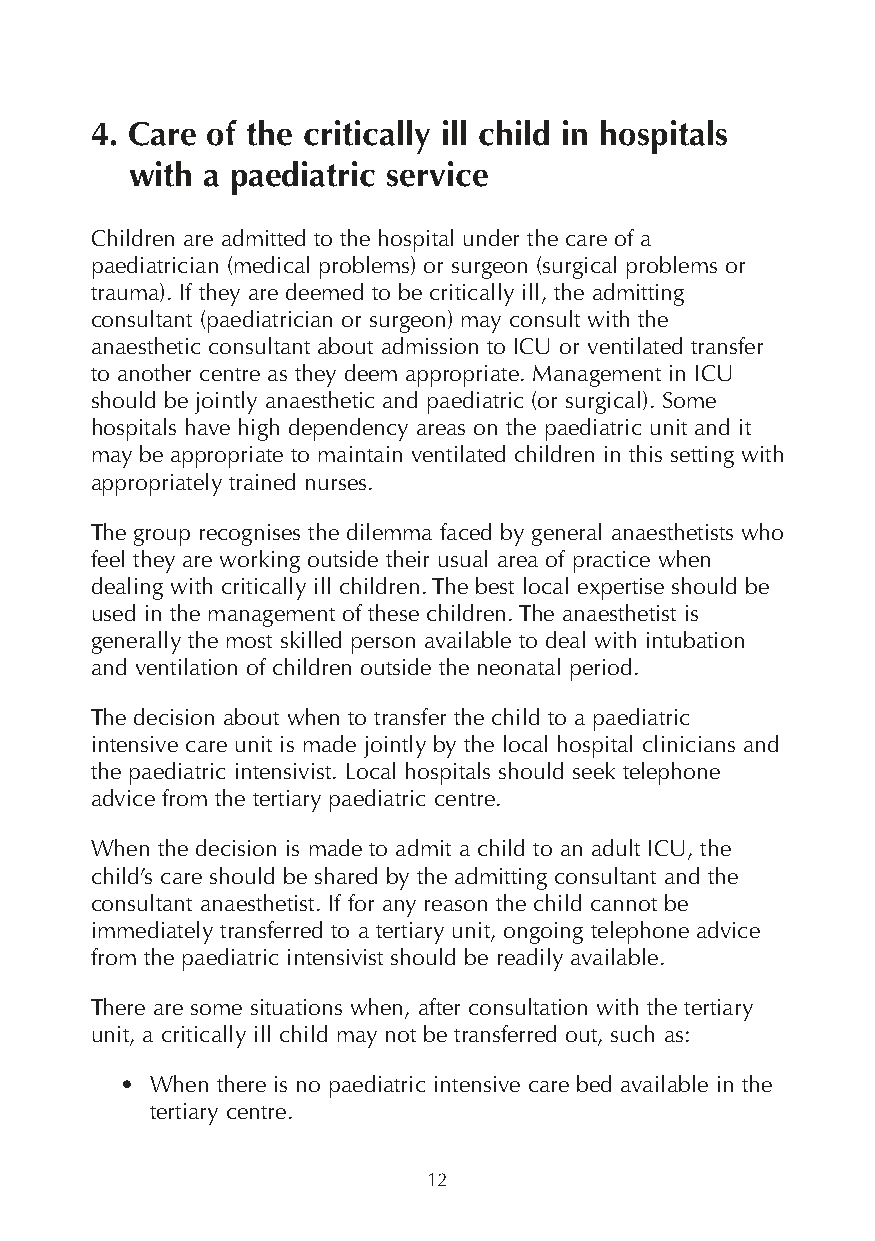
4. Care of the critically ill child in hospitals
 with a paediatric service
 Children are admitted to the hospital under the care of a
 paediatrician (medical problems) or surgeon (surgical problems or
 trauma). If they are deemed to be critically ill, the admitting
 consultant (paediatrician or surgeon) may consult with the
 anaesthetic consultant about admission to ICU or ventilated transfer
 to another centre as they deem appropriate. Management in ICU
 should be jointly anaesthetic and paediatric (or surgical). Some
 hospitals have high dependency areas on the paediatric unit and it
 may be appropriate to maintain ventilated children in this setting with
 appropriately trained nurses.
 The group recognises the dilemma faced by general anaesthetists who
 feel they are working outside their usual area of practice when
 dealing with critically ill children. The best local expertise should be
 used in the management of these children. The anaesthetist is
 generally the most skilled person available to deal with intubation
 and ventilation of children outside the neonatal period.
 The decision about when to transfer the child to a paediatric
 intensive care unit is made jointly by the local hospital clinicians and
 the paediatric intensivist. Local hospitals should seek telephone
 advice from the tertiary paediatric centre.
 When the decision is made to admit a child to an adult ICU, the
 child’s care should be shared by the admitting consultant and the
 consultant anaesthetist. If for any reason the child cannot be
 immediately transferred to a tertiary unit, ongoing telephone advice
 from the paediatric intensivist should be readily available.
 There are some situations when, after consultation with the tertiary
 unit, a critically ill child may not be transferred out, such as:
 • When there is no paediatric intensive care bed available in the
 tertiary centre.
 12